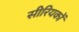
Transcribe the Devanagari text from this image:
सीरियकों